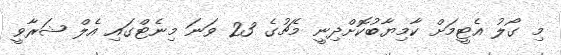
މި ގޯލު އެޓީމަށް ކާމިޔާބުކޮށްދިނީ މެޗުގެ 23 ވަނަ މިނެޓްގައި އެލް ޝަރާވީ